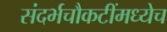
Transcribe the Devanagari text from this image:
संदर्भचौकटींमध्येच